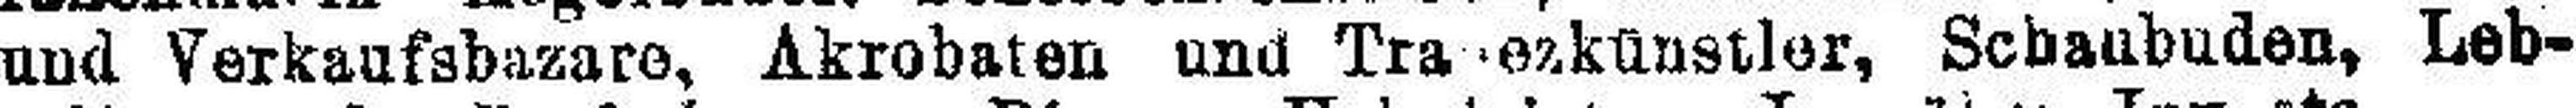
und Verkaufsbazare, Akrobaten und Trapezkünstler, Schaubuden, Leb¬